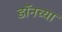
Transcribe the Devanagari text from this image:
डॉनच्या